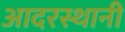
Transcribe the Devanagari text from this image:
आदरस्थानी